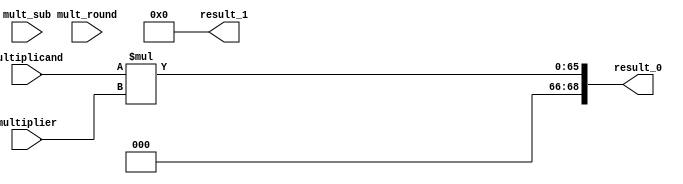
/*Copyright 2020-2021 T-Head Semiconductor Co., Ltd.

Licensed under the Apache License, Version 2.0 (the "License");
you may not use this file except in compliance with the License.
You may obtain a copy of the License at

    http://www.apache.org/licenses/LICENSE-2.0

Unless required by applicable law or agreed to in writing, software
distributed under the License is distributed on an "AS IS" BASIS,
WITHOUT WARRANTIES OR CONDITIONS OF ANY KIND, either express or implied.
See the License for the specific language governing permissions and
limitations under the License.
*/
module multiplier_33x33_partial(
  mult_round,
  mult_sub,
  multiplicand,
  multiplier,
  result_0,
  result_1
);

// &Ports; @21
input   [31:0]  mult_round;    
input           mult_sub;      
input   [32:0]  multiplicand;  
input   [32:0]  multiplier;    
output  [68:0]  result_0;      
output  [68:0]  result_1;      

// &Regs; @22

// &Wires; @23
wire    [31:0]  mult_round;    
wire            mult_sub;      
wire    [32:0]  multiplicand;  
wire    [32:0]  multiplier;    
wire    [68:0]  result_0;      
wire    [68:0]  result_1;      


parameter SRC0_WIDTH = 33;
parameter SRC1_WIDTH = 33;
parameter DST_WIDTH  = 66;

assign result_0 = multiplicand * multiplier;
assign result_1 = 69'd0;

// &ModuleEnd; @347
endmodule